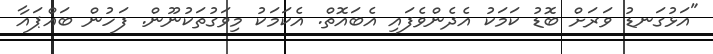
"އަޅުގަނޑު ވަރަށް ބޮޑު ކަމަކު އެދެންވެފައި އެބައޮތް. އެކަމަކު މިވަގުތަކުނޫން. ފަހުން ބައްޕައާ